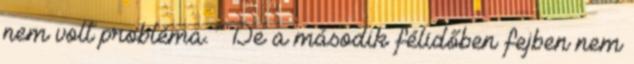
nem volt probléma. De a második félidőben fejben nem